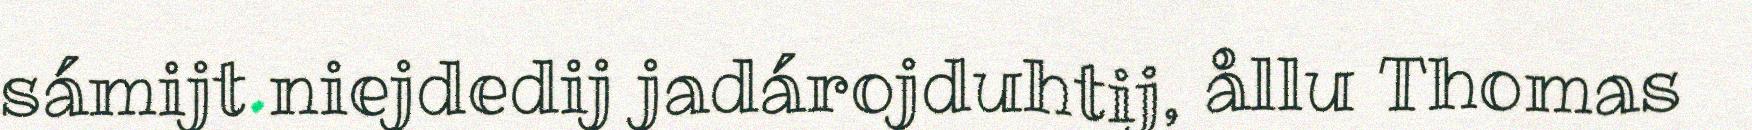
sámijt niejdedij jadárojduhtij, ållu Thomas